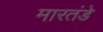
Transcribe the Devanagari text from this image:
मारतंडे